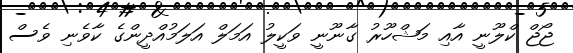
ޖޯޖް ކްލޫނީ އާއި މަޝްހޫރު ގާނޫނީ ވަކީލު އަމަލް އަލަމުއްދީންގެ ކާވެނި ވެސް